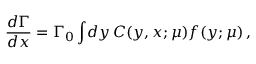
\frac { d \Gamma } { d x } = \Gamma _ { 0 } \int \! d y \, C ( y , x ; \mu ) f ( y ; \mu ) \, ,